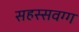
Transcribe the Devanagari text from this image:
सहस्सवग्ग